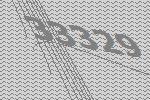
33329